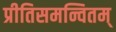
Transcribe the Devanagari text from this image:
प्रीतिसमन्वितम्